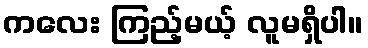
ကလေး ကြည့်မယ့် လူမရှိပါ။